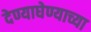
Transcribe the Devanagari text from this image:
देण्याघेण्याच्या